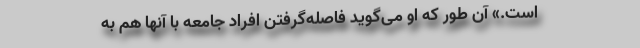
است.» آن‌ طور که او می‌گوید فاصله‌گرفتن افراد جامعه با آنها هم به